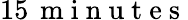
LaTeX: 15\, \mathrm{~m~i~n~u~t~e~s~}